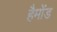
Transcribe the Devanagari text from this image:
हैमोंड